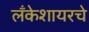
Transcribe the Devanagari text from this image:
लँकेशायरचे